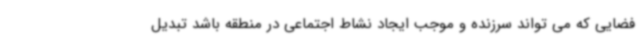
فضایی که می تواند سرزنده و موجب ایجاد نشاط اجتماعی در منطقه باشد تبدیل